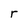
Character: r